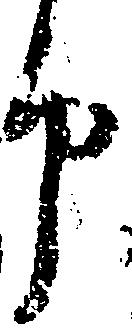
仍